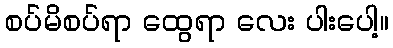
စပ်မိစပ်ရာ ထွေရာ လေး ပါးပေါ့။